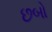
છબો